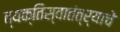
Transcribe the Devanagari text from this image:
व्यक्तिस्वातंत्र्याचे